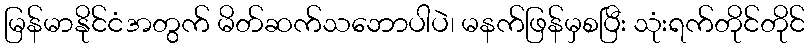
မြန်မာနိုင်ငံအတွက် မိတ်ဆက်သဘောပါပဲ၊ မနက်ဖြန်မှစပြီး သုံးရက်တိုင်တိုင်